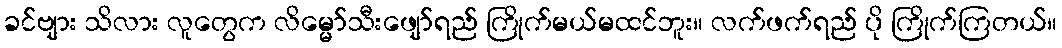
ခင်ဗျား သိလား လူတွေက လိမ္မော်သီးဖျော်ရည် ကြိုက်မယ်မထင်ဘူး။ လက်ဖက်ရည် ပို ကြိုက်ကြတယ်။